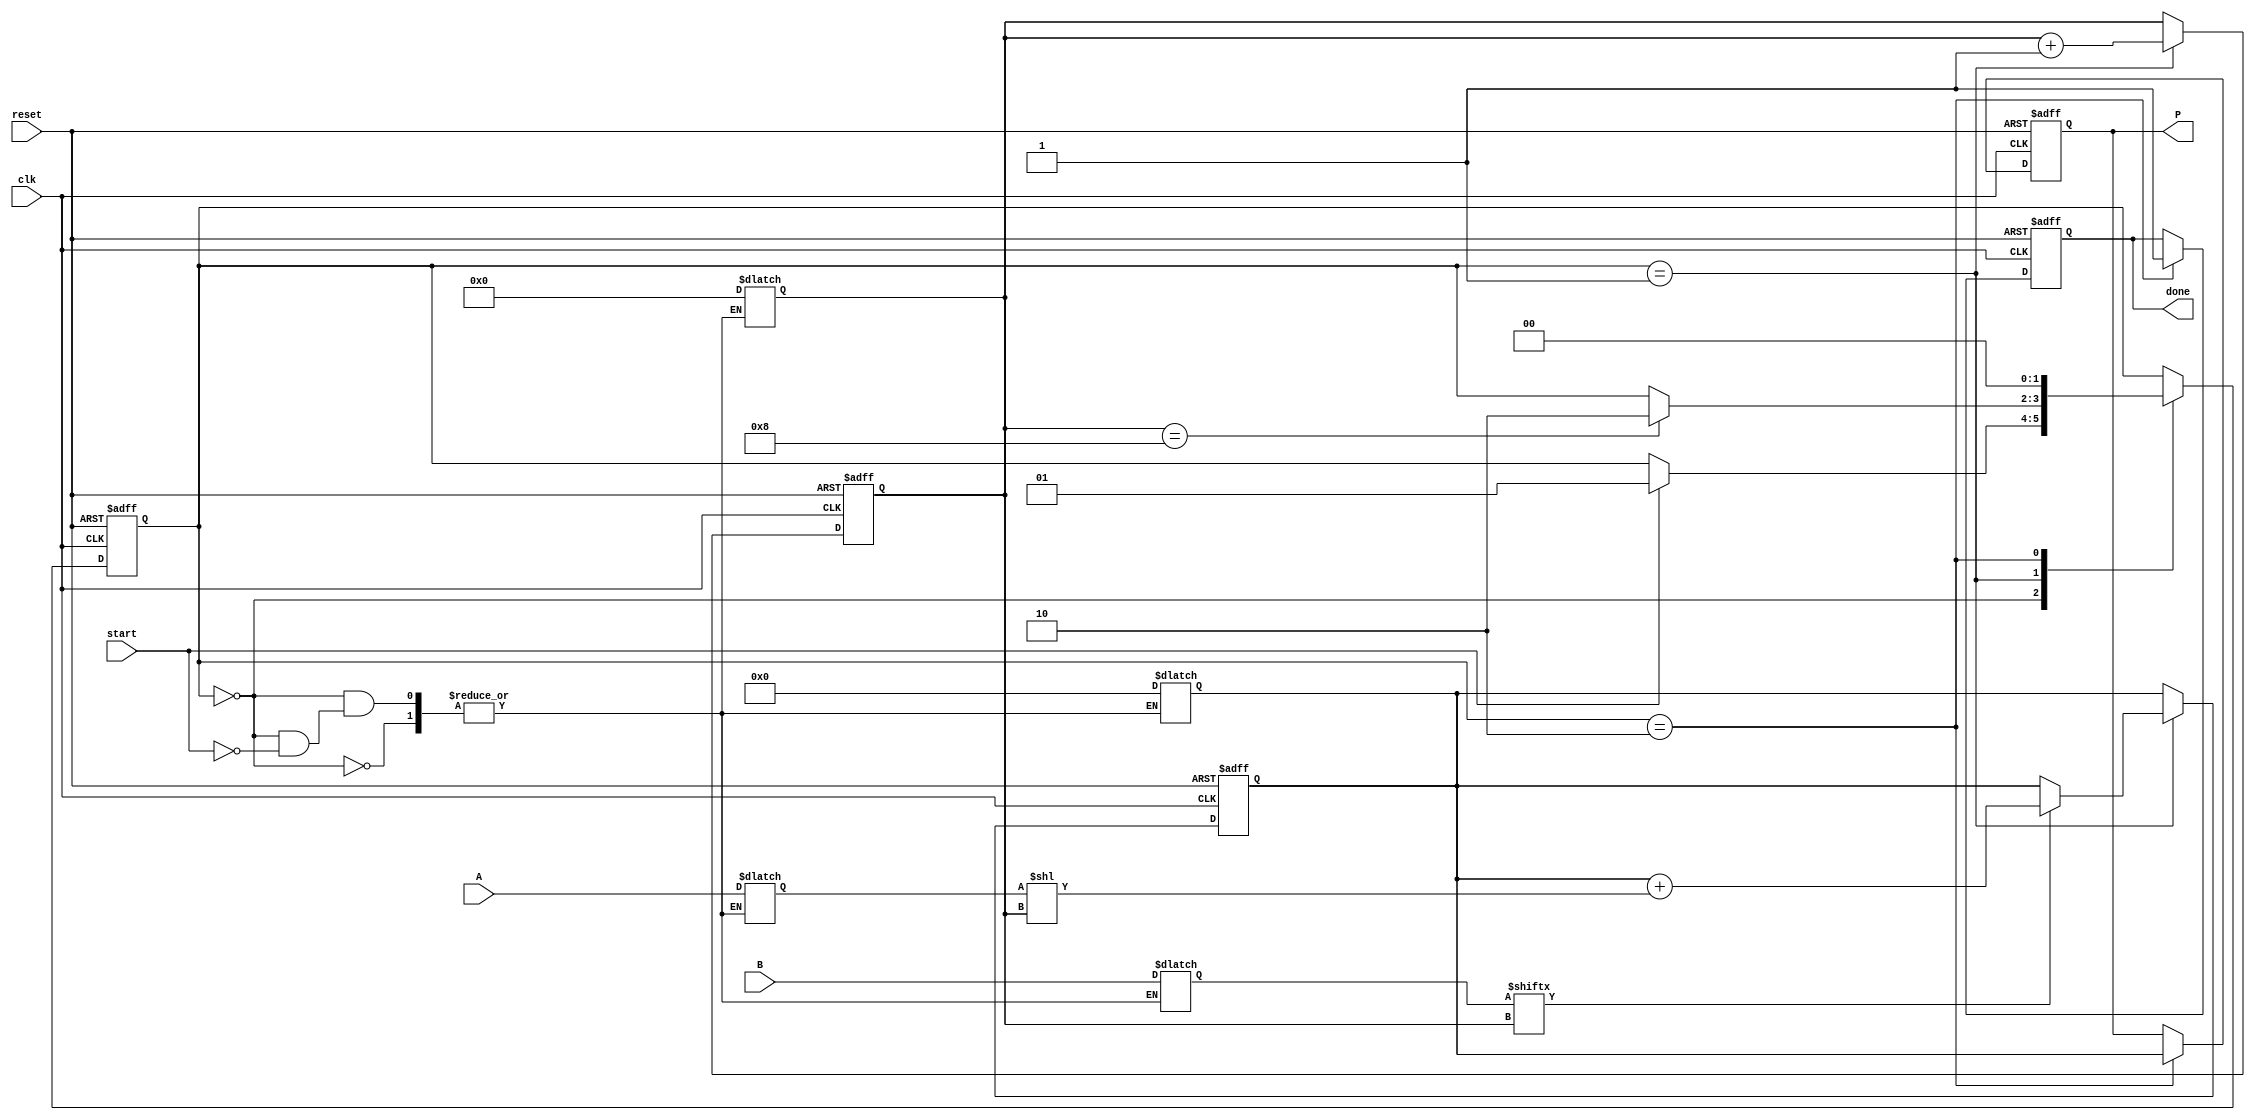
module radix2_multiplier #(
    parameter N = 8 // Number of bits for inputs A and B
)(
    input wire [N-1:0] A,      // Multiplicand
    input wire [N-1:0] B,      // Multiplier
    input wire start,           // Control signal to initiate multiplication
    input wire clk,             // Clock signal
    input wire reset,           // Reset signal
    output reg [2*N-1:0] P,     // Product output
    output reg done             // Signal indicating multiplication is complete
);

    reg [N-1:0] A_reg;          // Register to hold A
    reg [N-1:0] B_reg;          // Register to hold B
    reg [2*N-1:0] partial_product; // Register for partial product
    reg [N-1:0] counter;        // Counter for bits processed
    reg [2*N-1:0] sum;          // Accumulator for the sum

    // State machine states
    localparam IDLE = 2'b00,
               PROCESS = 2'b01,
               DONE = 2'b10;

    reg [1:0] state, next_state;

    // Sequential logic for state transition and output
    always @(posedge clk or posedge reset) begin
        if (reset) begin
            state <= IDLE;
            P <= 0;
            done <= 0;
            counter <= 0;
            partial_product <= 0;
            sum <= 0;
        end else begin
            state <= next_state;
            if (state == PROCESS) begin
                if (B_reg[counter] == 1'b1) begin
                    sum <= sum + (A_reg << counter); // Shift A and add to sum
                end
                counter <= counter + 1;
            end
            if (state == DONE) begin
                P <= sum; // Assign final product
                done <= 1; // Set done signal
            end
        end
    end

    // Combinational logic for next state and output
    always @(*) begin
        next_state = state;
        case (state)
            IDLE: begin
                if (start) begin
                    A_reg = A; // Load A
                    B_reg = B; // Load B
                    counter = 0; // Initialize counter
                    sum = 0; // Initialize sum
                    next_state = PROCESS; // Move to processing state
                end
            end
            PROCESS: begin
                if (counter == N) begin
                    next_state = DONE; // Move to done state when all bits processed
                end
            end
            DONE: begin
                next_state = IDLE; // Go back to idle state
            end
        endcase
    end

endmodule